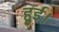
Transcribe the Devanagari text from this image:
हुुुुई।